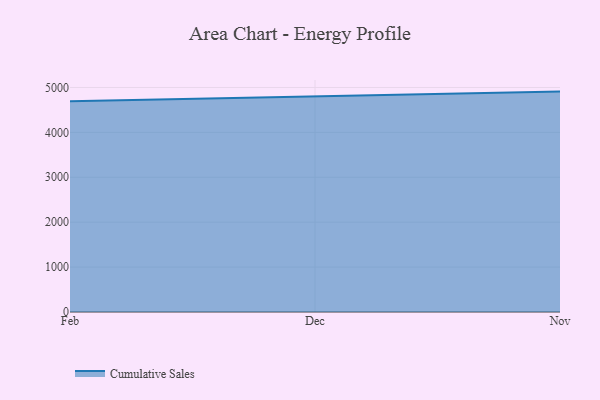
{"axis": {"x": "Month", "y": "Net Income (USD K)"}, "legend": ["Cumulative Sales"], "data": [{"x": "Feb", "y": 4693.5, "type": "Cumulative Sales"}, {"x": "Dec", "y": 4802.8, "type": "Cumulative Sales"}, {"x": "Nov", "y": 4908.3, "type": "Cumulative Sales"}]}